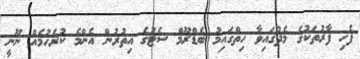
ފެހި ފާރުތަކުގެ މެދުގައިވާ ހިތްގައިމު ބެޑްރޫމް ސެޓުގެ އިތުރުން އެންމެ ކުރެހުމެއް ނޫނީ